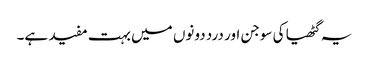
یہ گٹھیا کی سوجن اور درد دونوں میں بہت مفید ہے۔